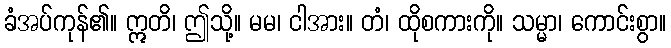
ခံအပ်ကုန်၏။ ဣတိ၊ ဤသို့။ မမ၊ ငါအား။ တံ၊ ထိုစကားကို။ သမ္မာ၊ ကောင်းစွာ။